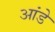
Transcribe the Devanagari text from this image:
आंडे